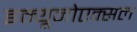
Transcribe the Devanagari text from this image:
इम्यूनोएक्सल